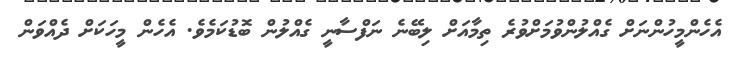
އެހެންމީހުންނަށް ގެއްލުންވުމަށްވުރެ ތިމާއަށް ލިބޭނެ ނަފްސާނީ ގެއްލުން ބޮޑުކަމެވެ. އެހެން މީހަކަށް ދެއްވަން